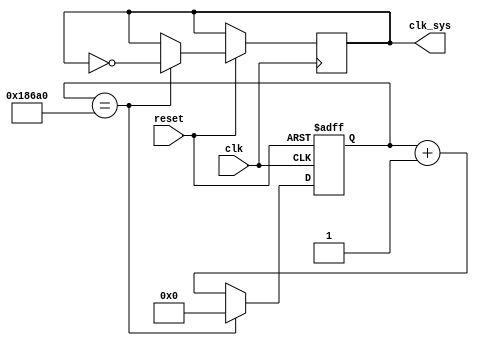
`timescale 1ns / 1ps
//////////////////////////////////////////////////////////////////////////////////
// Company: 
// Engineer: 
// 
// Design Name: 
// Module Name: clock_div
// Project Name: 
// Target Devices: 
// Tool Versions: 
// Description: 
// 
// Dependencies: 
// 
// Revision:
// Revision 0.01 - File Created
// Additional Comments:
// 
//////////////////////////////////////////////////////////////////////////////////


module clock_div(
    input clk,
    input reset,
    output reg clk_sys
    );
    parameter limit = 100000; 
    integer counter;
    always @(posedge clk or negedge reset) //
        if(!reset)
            counter <= 32'b0;
        else
            begin
                counter <= counter + 1'b1;
                if(counter == limit)
                    begin
                        counter <= 32'b0;
                        clk_sys <= ~clk_sys;
                    end
            end
endmodule